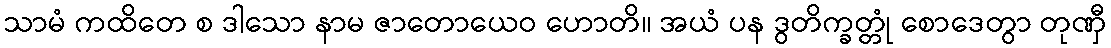
သာမံ ကထိတေ စ ဒါသော နာမ ဇာတောယေဝ ဟောတိ။ အယံ ပန ဒွတိက္ခတ္တုံ စောဒေတွာ တုဏှီ